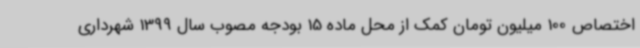
اختصاص 100 میلیون تومان کمک از محل ماده 15 بودجه مصوب سال 1399 شهرداری